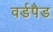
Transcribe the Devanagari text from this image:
वर्डपैड